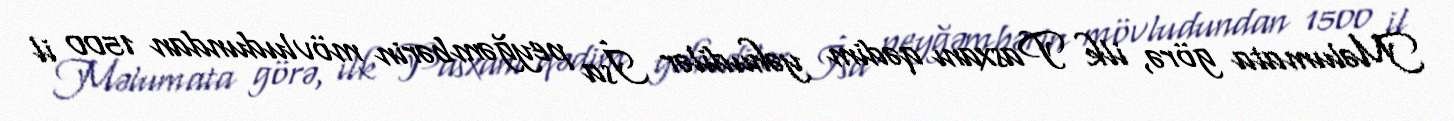
Məlumata görə, ilk Pasxanı qədim yəhudilər İsa peyğəmbərin mövludundan 1500 il